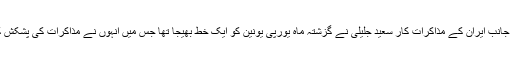
دوسری جانب ایران کے مذاکرات کار سعید جلیلی نے گزشتہ ماہ یورپی یونین کو ایک خط بھیجا تھا جس میں انہوں نے مذاکرات کی پشکش کی تھی۔